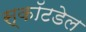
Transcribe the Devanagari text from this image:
स्कॉटडेल